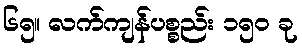
၆၅။ လက်ကျန်ပစ္စည်း ၁၅၀ ခု